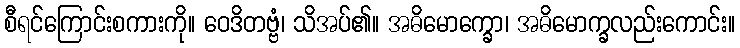
စီရင်ကြောင်းစကားကို။ ဝေဒိတဗ္ဗံ၊ သိအပ်၏။ အဓိမောက္ခော၊ အဓိမောက္ခလည်းကောင်း။